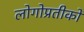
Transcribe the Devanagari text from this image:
लोगोप्रतीकों